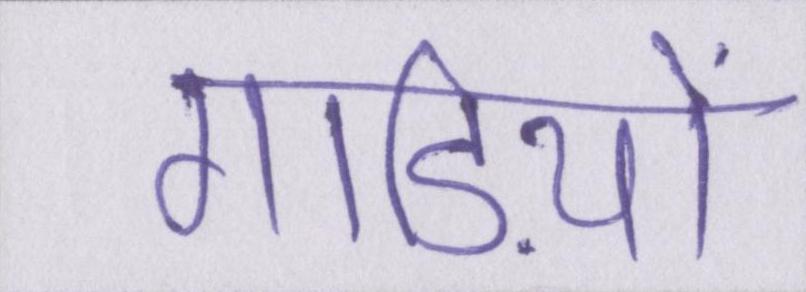
गाड़ियों